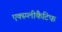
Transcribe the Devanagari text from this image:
एक्स्प्लीकैटिफ